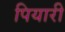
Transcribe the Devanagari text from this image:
पियारी